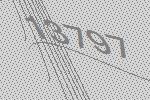
13797